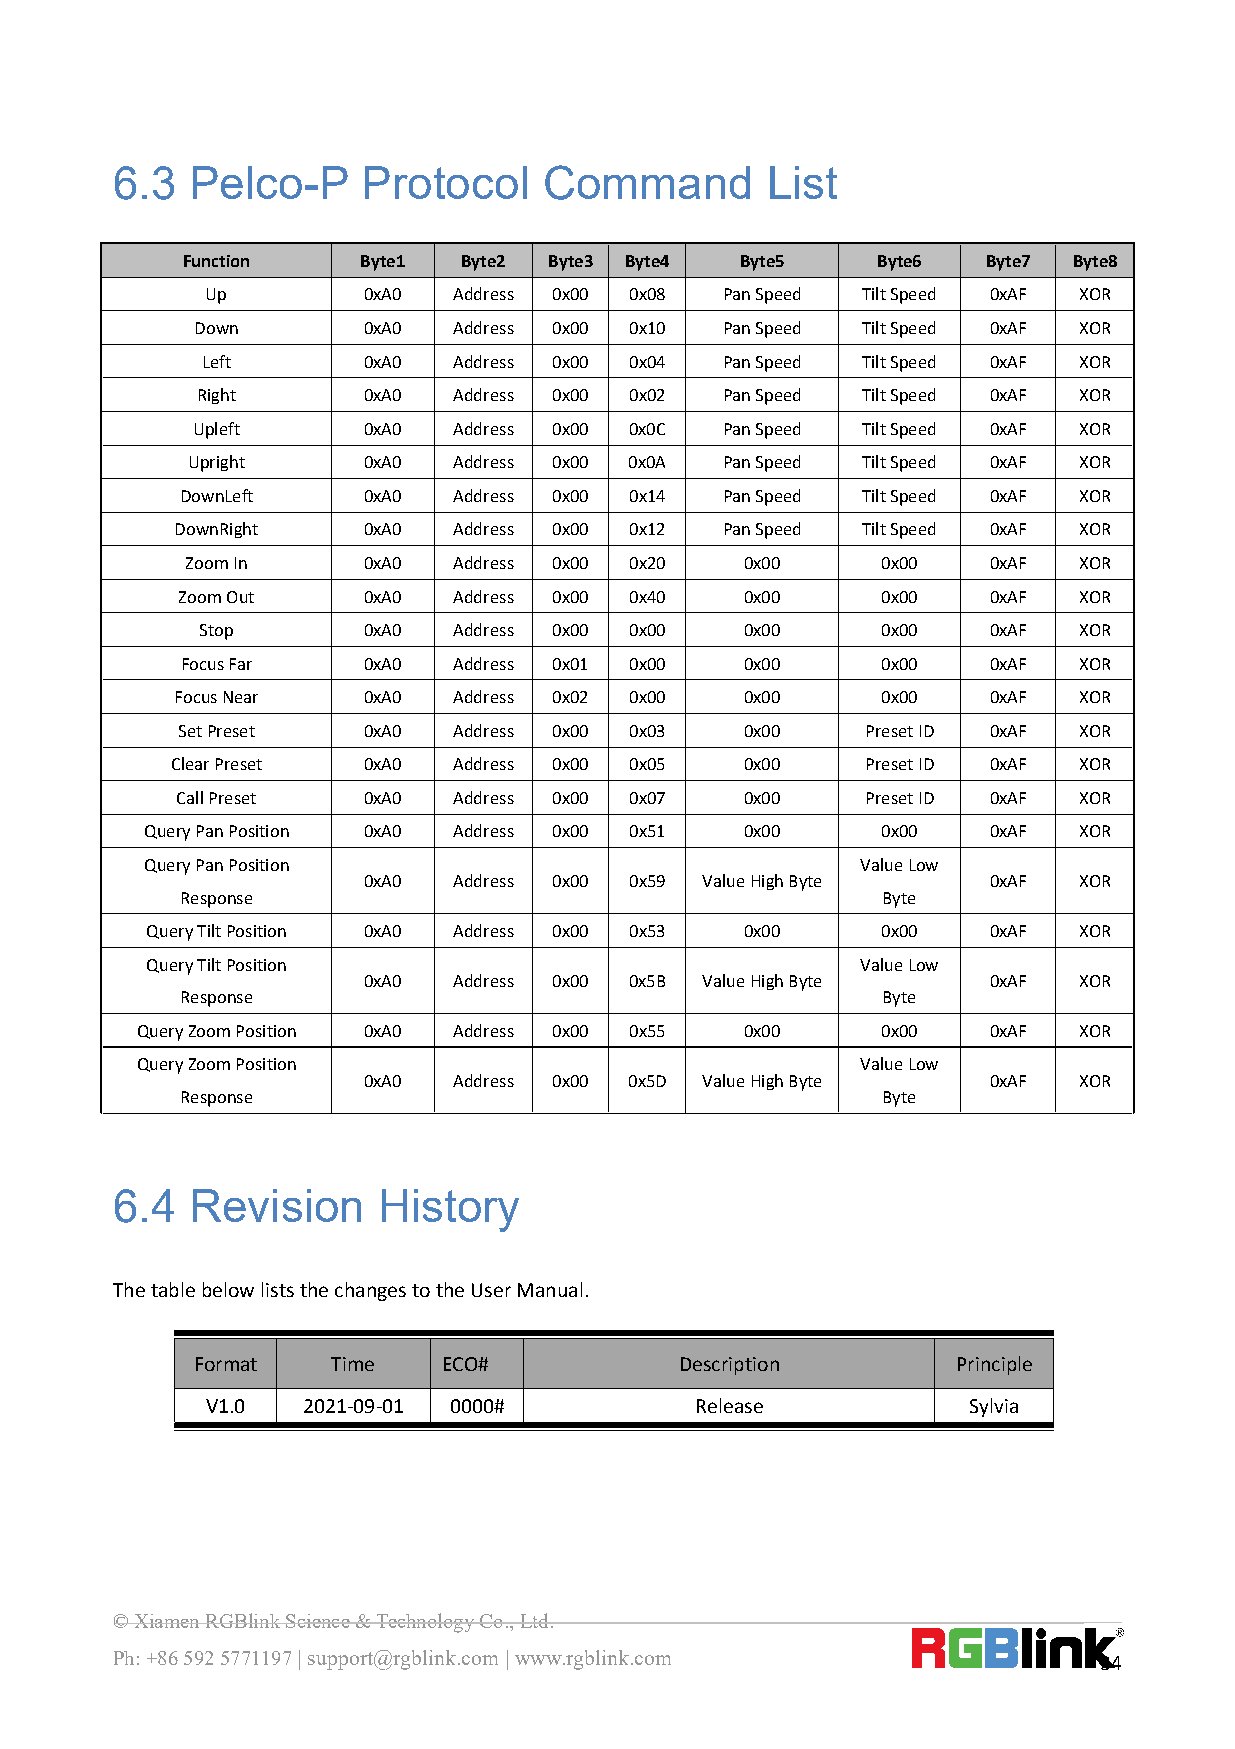
6.3  Pelco-P     Protocol    Command        List
 Function    Byte1  Byte2 Byte3 Byte4 Byte5    Byte6  Byte7 Byte8
 Up        0xA0  Address 0x00 0x08 PanSpeed TiltSpeed 0xAF XOR
 Down       0xA0  Address 0x00 0x10 PanSpeed TiltSpeed 0xAF XOR
 Left       0xA0  Address 0x00 0x04 PanSpeed TiltSpeed 0xAF XOR
 Right      0xA0  Address 0x00 0x02 PanSpeed TiltSpeed 0xAF XOR
 Upleft     0xA0  Address 0x00 0x0C PanSpeed TiltSpeed 0xAF XOR
 Upright     0xA0  Address 0x00 0x0A PanSpeed TiltSpeed 0xAF XOR
 DownLeft    0xA0  Address 0x00 0x14 PanSpeed TiltSpeed 0xAF XOR
 DownRight   0xA0  Address 0x00 0x12 PanSpeed TiltSpeed 0xAF XOR
 ZoomIn      0xA0  Address 0x00 0x20  0x00     0x00   0xAF  XOR
 ZoomOut     0xA0  Address 0x00 0x40  0x00     0x00   0xAF  XOR
 Stop       0xA0  Address 0x00 0x00  0x00     0x00   0xAF  XOR
 FocusFar    0xA0  Address 0x01 0x00  0x00     0x00   0xAF  XOR
 FocusNear   0xA0  Address 0x02 0x00  0x00     0x00   0xAF  XOR
 SetPreset   0xA0  Address 0x00 0x03  0x00    PresetID 0xAF XOR
 ClearPreset  0xA0  Address 0x00 0x05  0x00    PresetID 0xAF XOR
 CallPreset  0xA0  Address 0x00 0x07  0x00    PresetID 0xAF XOR
 QueryPanPosition 0xA0 Address 0x00 0x51 0x00    0x00   0xAF  XOR
 QueryPanPosition                               ValueLow
 0xA0  Address 0x00 0x59 ValueHighByte    0xAF  XOR
 Response                                      Byte
 QueryTiltPosition 0xA0 Address 0x00 0x53 0x00   0x00   0xAF  XOR
 QueryTiltPosition                              ValueLow
 0xA0  Address 0x00 0x5B ValueHighByte    0xAF  XOR
 Response                                      Byte
 QueryZoomPosition 0xA0 Address 0x00 0x55 0x00    0x00   0xAF  XOR
 QueryZoomPosition                               ValueLow
 0xA0  Address 0x00 0x5D ValueHighByte    0xAF  XOR
 Response                                      Byte
 6.4  Revision     History
 ThetablebelowliststhechangestotheUserManual.
 Format   Time   ECO#            Description       Principle
 V1.0  2021-09-01 0000#          Release           Sylvia
 ©XiamenRGBlinkScience&TechnologyCo.,Ltd.
 Ph:+865925771197|support@rgblink.com|www.rgblink.com              34